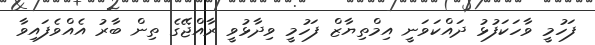
ފަހުމީ ވާހަކަފުޅު ދައްކަވަނީ އިމްތިޔާޒް ފަހުމީ ވިދާޅުވީ ރާއްޖޭގެ ތިން ބާރު އެއްވެފައިވާ